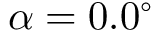
\alpha = 0 . 0 ^ { \circ }